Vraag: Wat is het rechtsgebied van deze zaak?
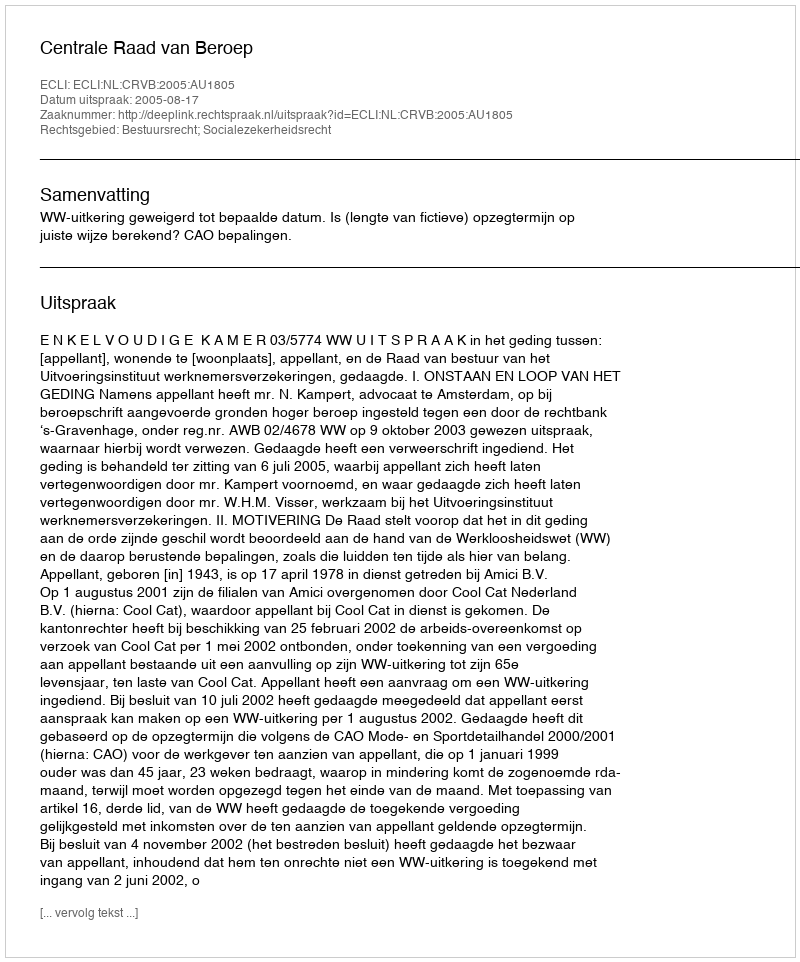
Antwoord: Bestuursrecht; Socialezekerheidsrecht